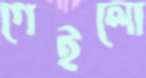
গেইলো